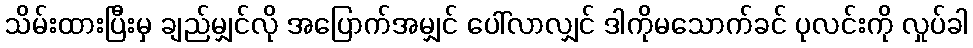
သိမ်းထားပြီးမှ ချည်မျှင်လို အပြောက်အမျှင် ပေါ်လာလျှင် ဒါကိုမသောက်ခင် ပုလင်းကို လှုပ်ခါ